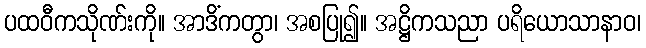
ပထဝီကသိုဏ်းကို။ အာဒိံကတွာ၊ အစပြု၍။ အဋ္ဌိကသညာ ပရိယောသာနာဝ၊